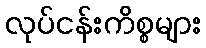
လုပ်ငန်းကိစ္စများ